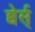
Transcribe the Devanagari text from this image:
ब्वेर्स्